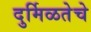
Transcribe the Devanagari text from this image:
दुर्मिळतेचे